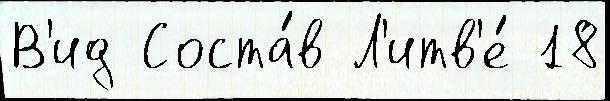
В'ид Соста́в Л'итв'е́ 18